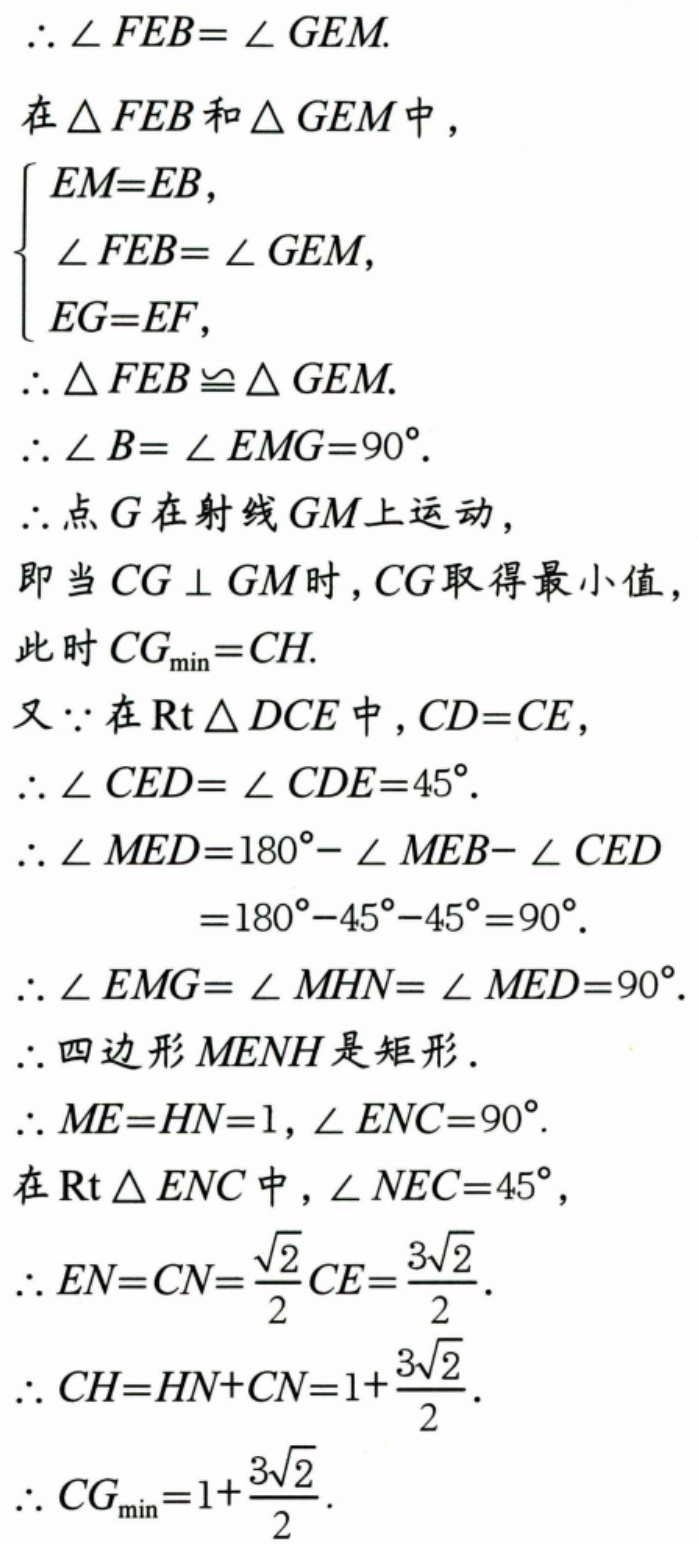
\(\therefore\angle FEB=\angle GEM.\)
在\(\triangle FEB\)和\(\triangle GEM\)中，
\(\begin{cases}
EM = EB,\\
\angle FEB=\angle GEM,\\
EG = EF,
\end{cases}\)
\(\therefore\triangle FEB\cong\triangle GEM.\)
\(\therefore\angle B=\angle EMG = 90^{\circ}.\)
\(\therefore\)点\(G\)在射线\(GM\)上运动，
即当\(CG\perp GM\)时，\(CG\)取得最小值，
此时\(CG_{\min}=CH.\)
又\(\because\)在\(\text{Rt}\triangle DCE\)中，\(CD = CE\)，
\(\therefore\angle CED=\angle CDE = 45^{\circ}.\)
\(\therefore\angle MED=180^{\circ}-\angle MEB-\angle CED\)
\(=180^{\circ}-45^{\circ}-45^{\circ}=90^{\circ}.\)
\(\therefore\angle EMG=\angle MHN=\angle MED = 90^{\circ}.\)
\(\therefore\)四边形\(MENH\)是矩形.
\(\therefore ME = HN = 1,\angle ENC = 90^{\circ}.\)
在\(\text{Rt}\triangle ENC\)中，\(\angle NEC = 45^{\circ}\)，
\(\therefore EN = CN=\frac{\sqrt{2}}{2}CE=\frac{3\sqrt{2}}{2}.\)
\(\therefore CH=HN + CN=1+\frac{3\sqrt{2}}{2}.\)
\(\therefore CG_{\min}=1+\frac{3\sqrt{2}}{2}.\)